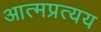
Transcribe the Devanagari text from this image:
आत्मप्रत्यय